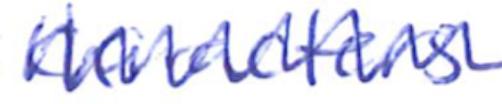
Text: characters
Cross-out: mix
Writing tool: ballpoint